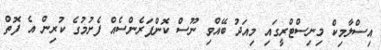
އިސްލާމިކް މިނިސްޓްރީގައި މިއަދު ބޭއްވި ނޫސް ކޮންފަރެންސެއް ފެށުމުގެ ކުރިން އެ ފޮތް